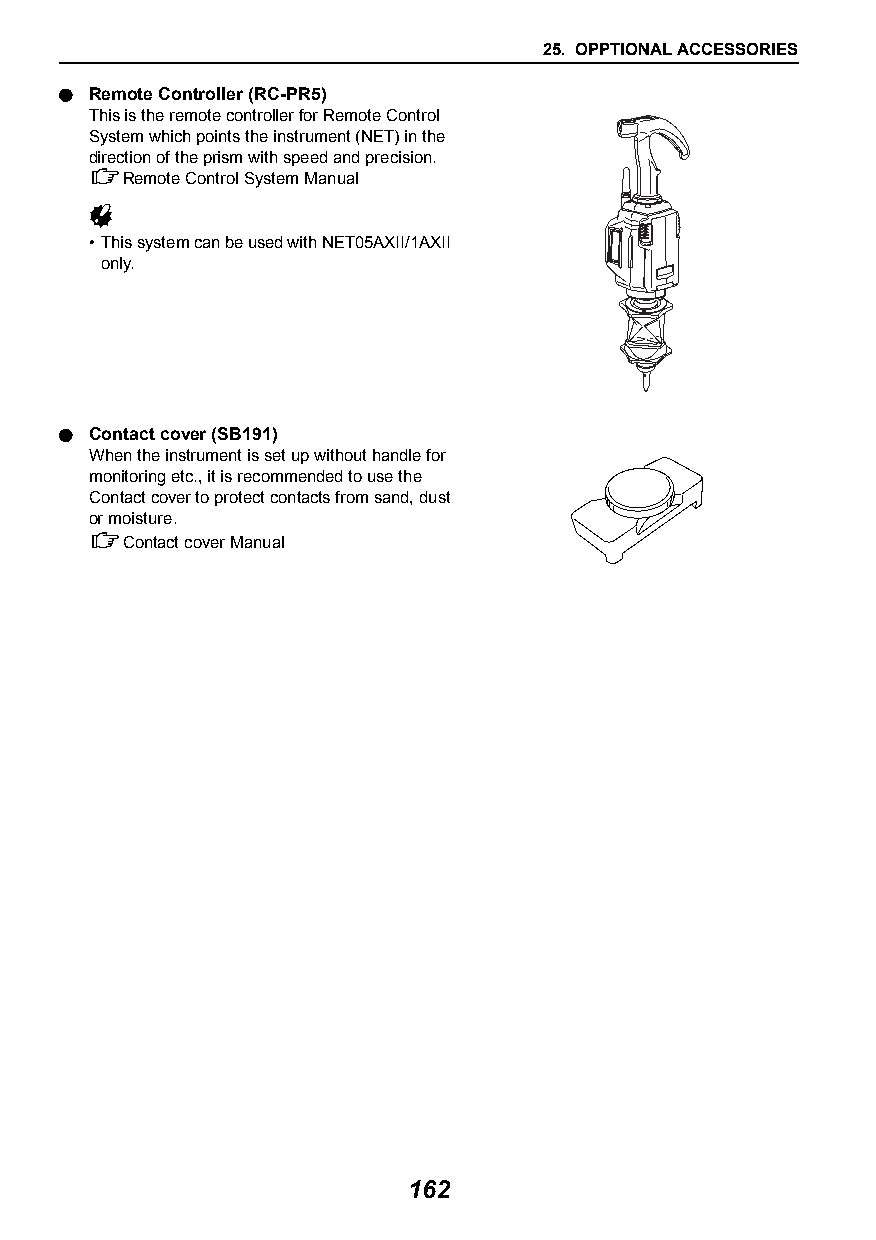
25. OPPTIONAL ACCESSORIES
  Remote Controller (RC-PR5)
 This is the remote controller for Remote Control
 System which points the instrument (NET) in the
 direction of the prism with speed and precision.
 Remote Control System Manual
 
 •This system can be used with NET05AXII/1AXII
 only.
  Contact cover (SB191)
 When the instrument is set up without handle for
 monitoring etc., it is recommended to use the
 Contact cover to protect contacts from sand, dust
 or moisture.
 Contact cover Manual
 162